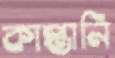
কাপ্তানি